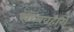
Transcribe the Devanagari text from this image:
संव्यवहारों